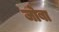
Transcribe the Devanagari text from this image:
जोबा